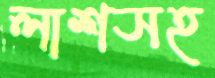
লাশসহ